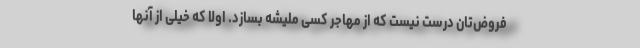
فروض‌تان درست نیست که از مهاجر کسی ملیشه بسازد. اولاً که خیلی از آنها